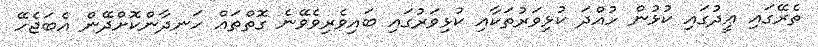
ތެރޭގައި ޢީދުގައި ކުޅުން ހުއްދަ ކުޅިވަރުތަކާއި ކުޅިވަރުގައި ބައިވެރިވެވޭނެ ގޮތްތައް ހަނދާންކޮށްދޭން އެބަޖެހޭ